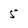
Character: 5